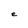
Character: e